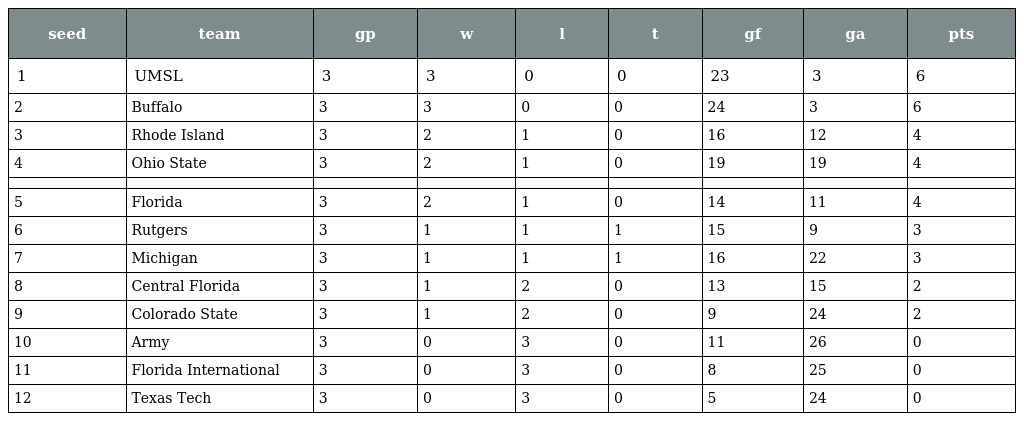
| seed | team | gp | w | l | t | gf | ga | pts |
 | --- | --- | --- | --- | --- | --- | --- | --- | --- |
 | 1 | UMSL | 3 | 3 | 0 | 0 | 23 | 3 | 6 |
 | 2 | Buffalo | 3 | 3 | 0 | 0 | 24 | 3 | 6 |
 | 3 | Rhode Island | 3 | 2 | 1 | 0 | 16 | 12 | 4 |
 | 4 | Ohio State | 3 | 2 | 1 | 0 | 19 | 19 | 4 |
 |  |  |  |  |  |  |  |  |  |
 | 5 | Florida | 3 | 2 | 1 | 0 | 14 | 11 | 4 |
 | 6 | Rutgers | 3 | 1 | 1 | 1 | 15 | 9 | 3 |
 | 7 | Michigan | 3 | 1 | 1 | 1 | 16 | 22 | 3 |
 | 8 | Central Florida | 3 | 1 | 2 | 0 | 13 | 15 | 2 |
 | 9 | Colorado State | 3 | 1 | 2 | 0 | 9 | 24 | 2 |
 | 10 | Army | 3 | 0 | 3 | 0 | 11 | 26 | 0 |
 | 11 | Florida International | 3 | 0 | 3 | 0 | 8 | 25 | 0 |
 | 12 | Texas Tech | 3 | 0 | 3 | 0 | 5 | 24 | 0 |